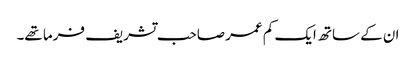
ان کے ساتھ ایک کم عمر صاحب تشریف فرما تھے۔